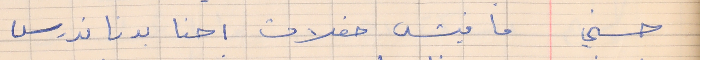
حسني     ما فيش حفلات احنا بدنا ندرس